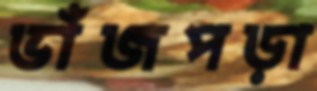
ভাঁজপড়া